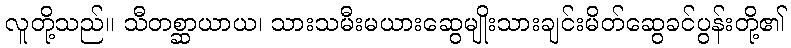
လူတို့သည်။ သီတစ္ဆာယာယ၊ သားသမီးမယားဆွေမျိုးသားချင်းမိတ်ဆွေခင်ပွန်းတို့၏